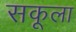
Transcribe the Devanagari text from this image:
सकूला